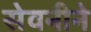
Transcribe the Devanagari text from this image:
सेवनीने